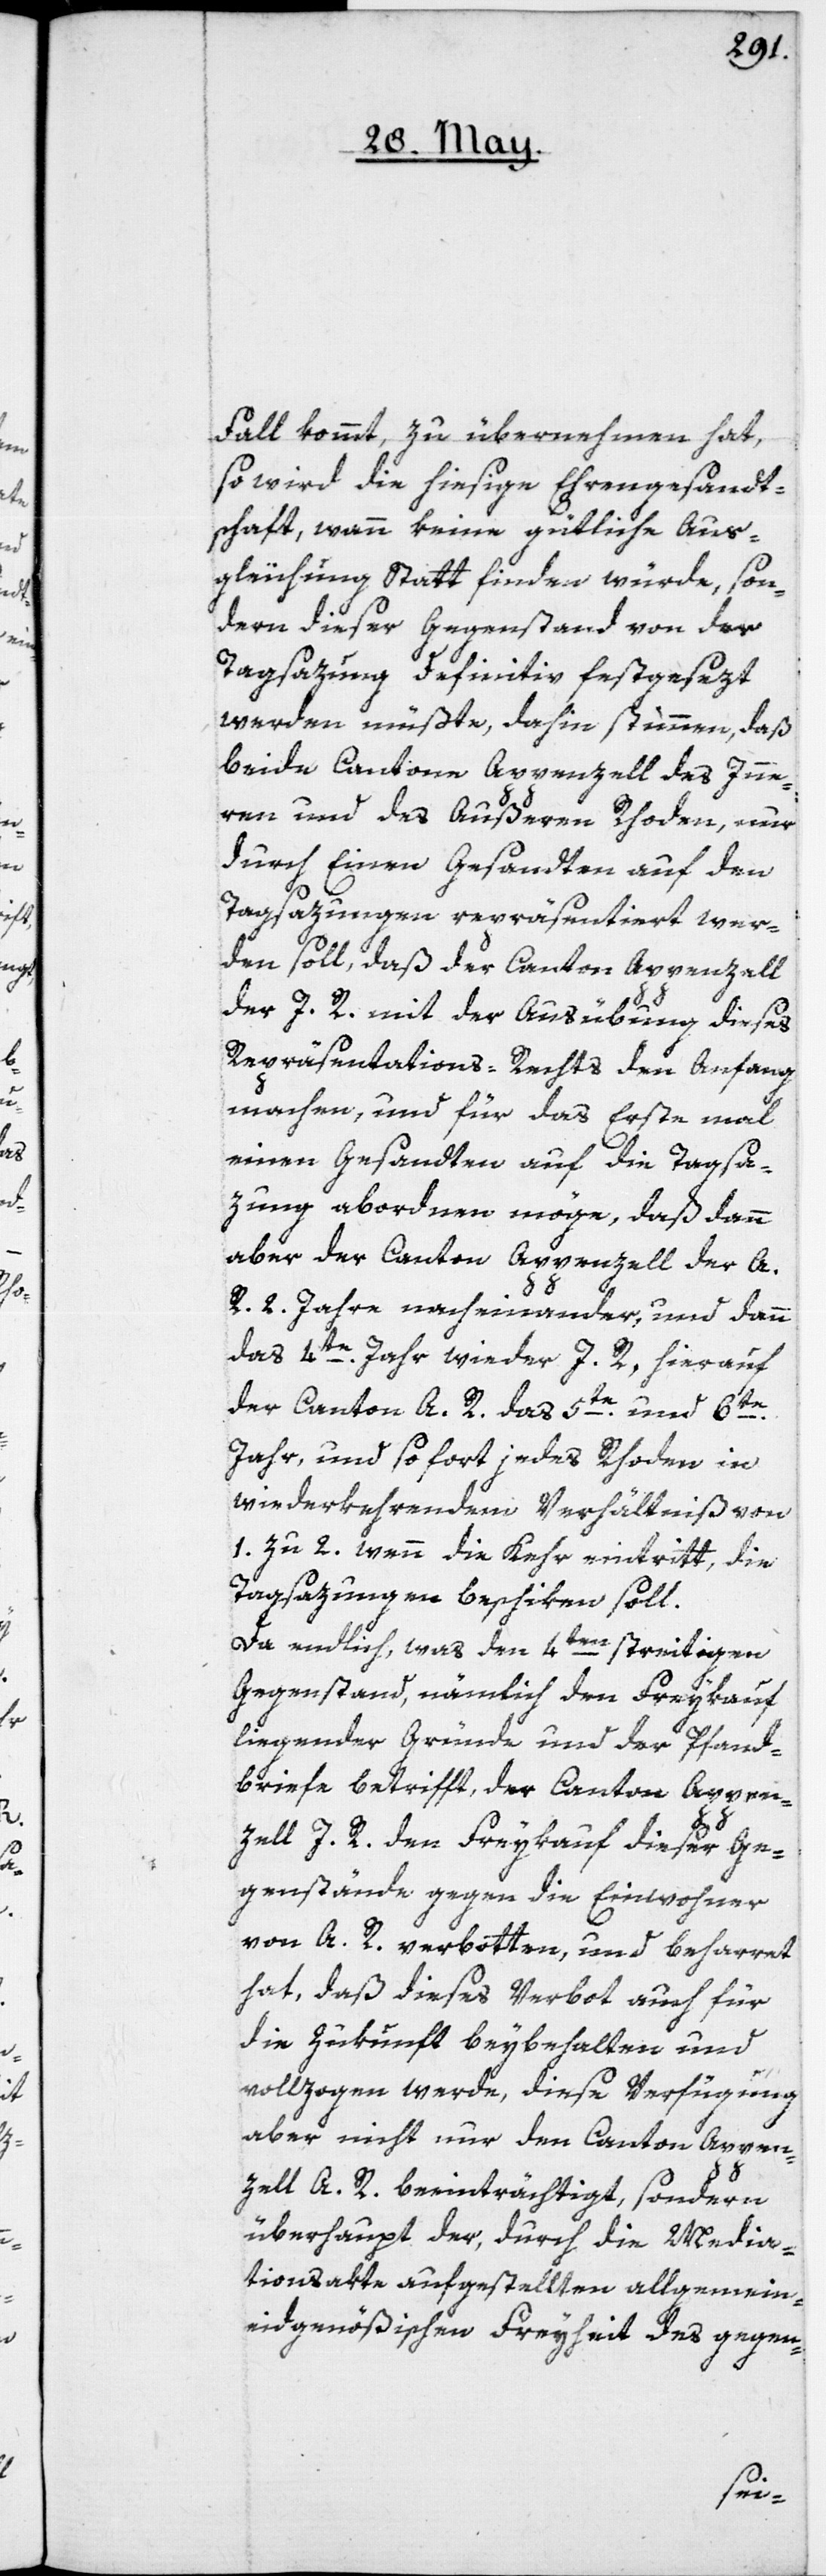
Fall kommt, zu übernehmen hat,
so wird die hiesige Ehrengesandt¬
schaft, wann keine gütliche Aus¬
gleichung Statt finden würde, son¬
dern dieser Gegenstand von der
Tagsazung definitiv festgesezt
werden müßte, dahin stimmen, daß
beide Cantone Appenzell des Inne¬
ren und des Außeren Rhoden, nur
durch Einen Gesandten auf den
Tagsazungen repräsentiert wer¬
den soll, daß der Canton Appenzell
der I. R. mit der Ausübung dieses
Repräsentations-Rechts den Anfang
machen, und für das Erste mal
einen Gesandten auf die Tagsa¬
zung abordnen möge, daß dann
aber der Canton Appenzell der A.
R. 2. Jahre nacheinander, und dann
das 4te Jahr wieder I. R., hierauf
der Canton A. R. das 5te und 6te
Jahr, und so fort jedes Rhoden in
wiederkehrendem Verhältniß von
1. zu 2. wenn die Kehr eintritt, die
Tagsazung beschiken soll.
Da endlich, was den 4ten streitigen
Gegenstand, nämlich den Freykauf
liegender Gründe und der Pfand¬
briefe betrifft, der Canton Appen¬
zell I. R. den Freykauf dieser Ge¬
genstände gegen die Einwohner
von A. R. verbotten, und beharret
hat, daß dieses Verbot auch für
die Zukunft beybehalten und
vollzogen werde, diese Verfügung
aber nicht nur den Canton Appen¬
zell A. R. beeinträchtigt, sondern
überhaupt der, durch die Media¬
tionsakte aufgestellten allgemein-e¬
idgenößischen Freyheit des gegen-